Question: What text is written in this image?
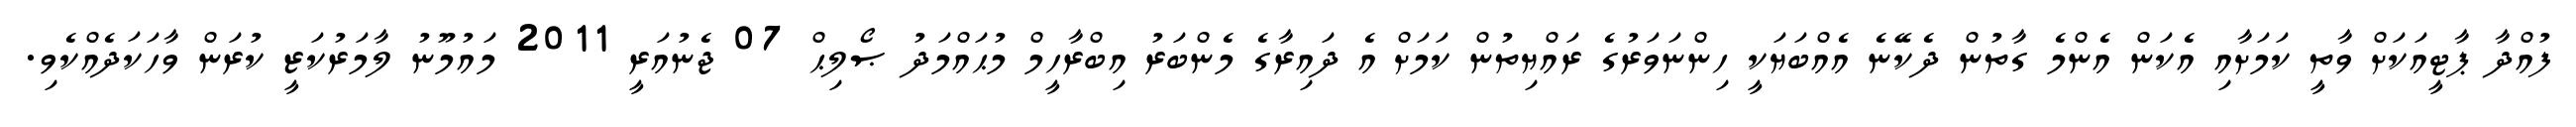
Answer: ފުއްދާ ޕާޓީއަކަށް ވާތީ ކަމަށާއި އެކަން އެންމެ ގާތުން ދެކޭނެ އެއްބަޔަކީ ހިންނަވަރުގެ ރައްޔިތުން ކަމަށް އެ ދައިރާގެ މެންބަރު އިބްރާހީމް މުޙައްމަދު ޞޯލިޙް 07 ޖެނުއަރީ 2011 މައުމޫނު ލާމަރުކަޒީ ކުރަން ވާހަކަދެއްކެވި.